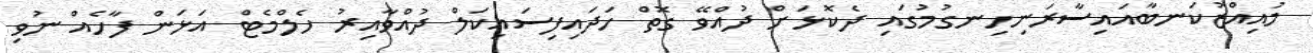
މުއިއްޒުކަނބާއައިސާރަނިހިނގުމުގައި ދެކޮޅަށް ދުއްވޭ ގޮތް ހަދައިފިސައިކަލް ދުއްވާއިރު ހެލްމެޓް އަޅަން ފާހެއް ނުވި